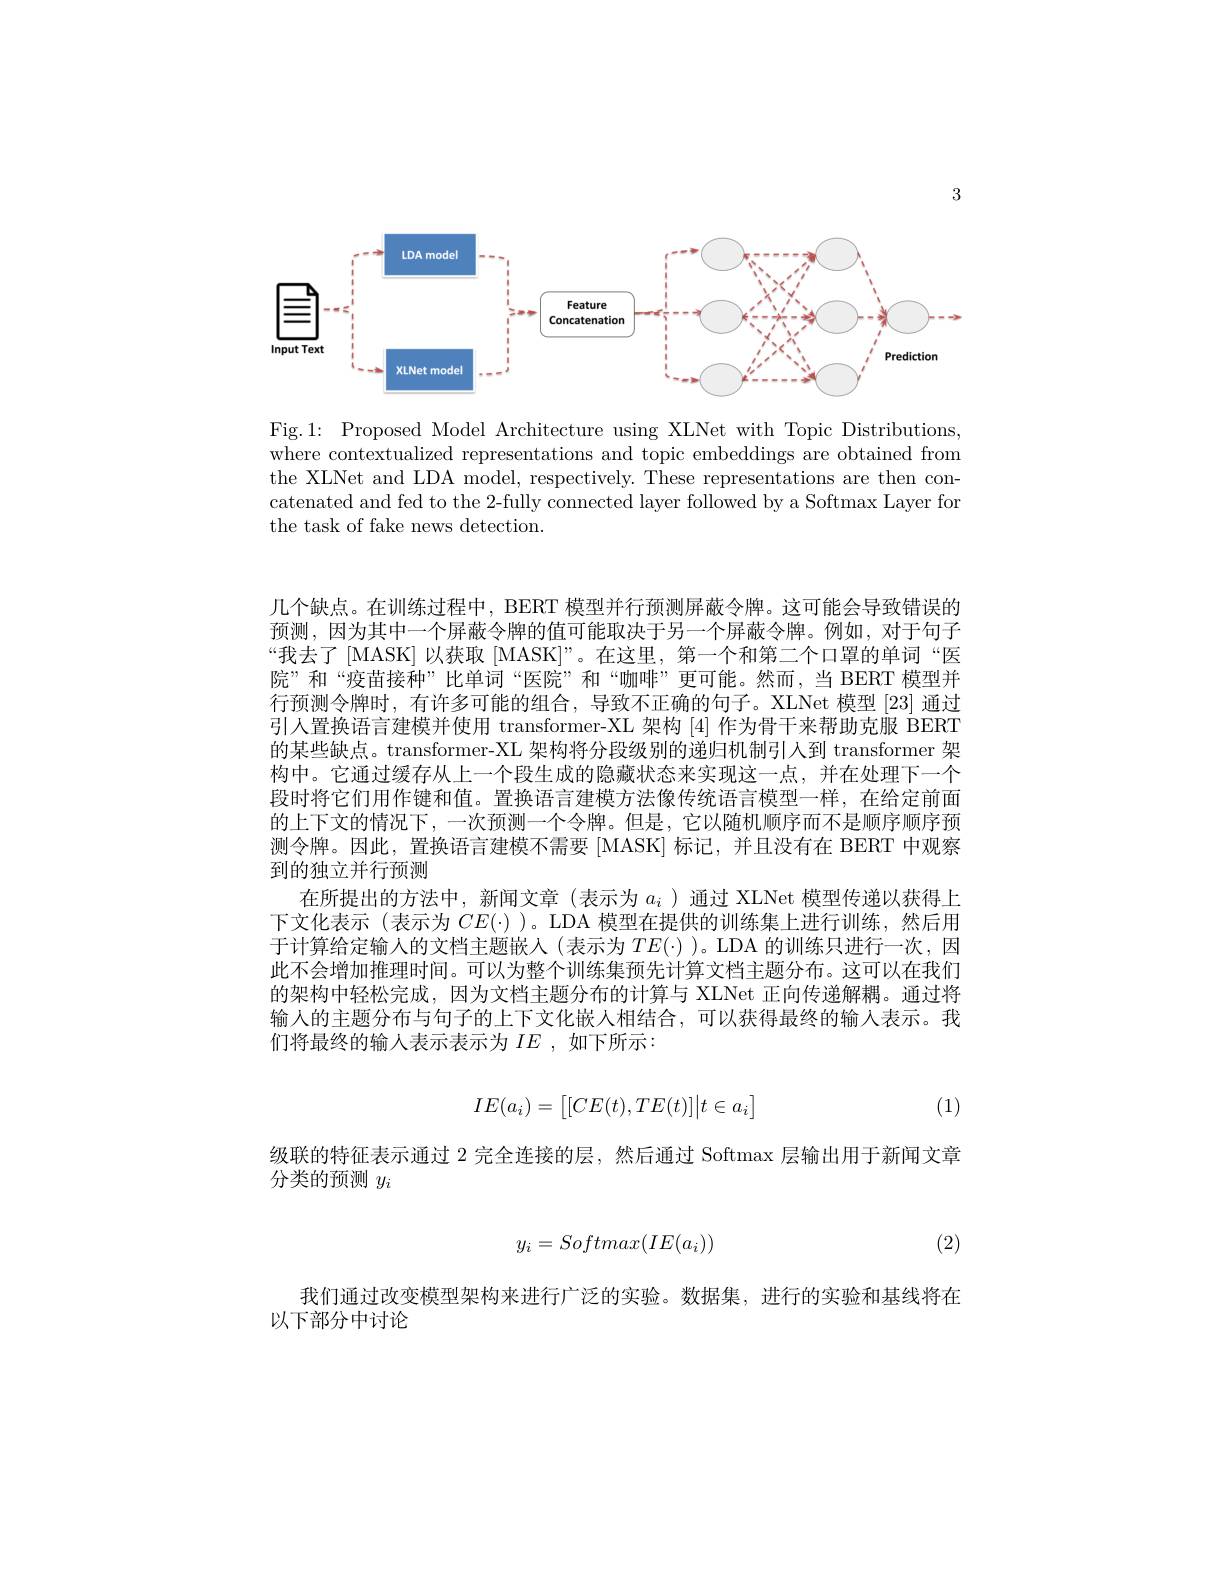
3

<FigureHere>

Fig.1: Proposed Model Architecture using XLNet with Topic Distributions where contextualized representations and topic embeddings are obtained from the XLNet and LDA model, respectively. These representations are then concatenated and fed to the 2-fully connected layer followed by a Softmax Layer fon the task of fake news detection.

几个缺点。在训练过程中，BERT 模型并行预测屏蔽令牌。这可能会导致错误的预测，因为其中一个屏蔽令牌的值可能取决于另一个屏蔽令牌。例如，对于句子“我去了 [MASK] 以获取 [MASK]”。在这里，第一个和第二个口罩的单词“医院”和“疫苗接种”比单词“医院”和“咖啡”更可能。然而，当 BERT 模型并行预测令牌时，有许多可能的组合，导致不正确的句子。XLNet 模型 [23] 通过引人置换语言建模并使用 transformer-XL 架构[4]作为骨干来帮助克服 BERT 的某些缺点。transformer-XL 架构将分段级别的递归机制引人到 transformer 架构中。它通过缓存从上一个段生成的隐藏状态来实现这一点，并在处理下一个段时将它们用作键和值。置换语言建模方法像传统语言模型一样，在给定前面的上下文的情况下，一次预测一个令牌。但是，它以随机顺序而不是顺序顺序预测令牌。因此，置换语言建模不需要[MASK] 标记，并且没有在 BERT 中观察到的独立并行预测
在所提出的方法中，新闻文章(表示为$a_i$ )通过 XLNet 模型传递以获得上下文化表示(表示为$CE(\cdot)$ )。LDA 模型在提供的训练集上进行训练，然后用于计算给定输人的文档主题嵌入(表示为$TE(\cdot)$ )。LDA 的训练只进行一次，因此不会增加推理时间。可以为整个训练集预先计算文档主题分布。这可以在我们的架构中轻松完成，因为文档主题分布的计算与 XLNet 正向传递解耦。通过将输入的主题分布与句子的上下文化嵌人相结合，可以获得最终的输入表示。我们将最终的输人表示表示为$IE$ ,如下所示：

(1)
$$IE(a_i)=\big[[CE(t),TE(t)]\big|t\in a_i\big]$$
级联的特征表示通过 2 完全连接的层，然后通过 Softmax 层输出用于新闻文章
分类的预测$y_i$

(2)
$$y_i=Softmax(IE(a_i))$$
我们通过改变模型架构来进行广泛的实验。数据集，进行的实验和基线将在
以下部分中讨论